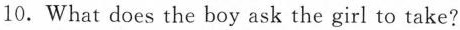
10.What does the boy ask the girl to take?